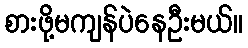
စားဖို့မကျန်ပဲနေဦးမယ်။